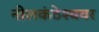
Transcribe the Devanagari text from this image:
नीलकंठेश्‍ववर